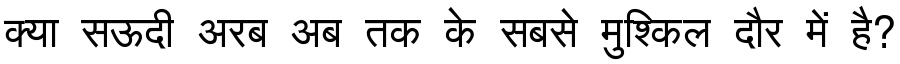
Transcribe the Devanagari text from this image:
क्या सऊदी अरब अब तक के सबसे मुश्किल दौर में है?